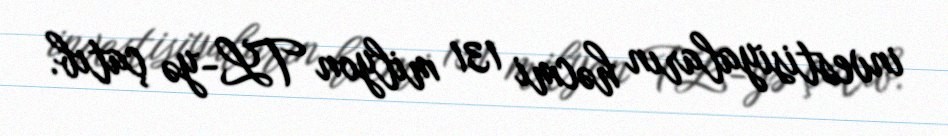
investisiyaların həcmi 131 milyon TL-yə çatıb.